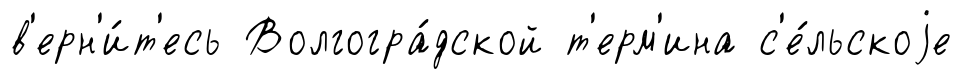
в'ерн'и́т'есь Волгогра́дской т'ерм'ина с'е́льскоjе